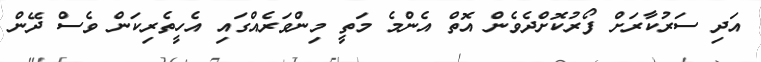
އަދި ސަރުކާރަށް ފޯރުކޮށްދެވެން އޮތް އެންމެ މަތީ މިންވަރެއްގައި އެހީތެރިކަން ވެސް ދޭން